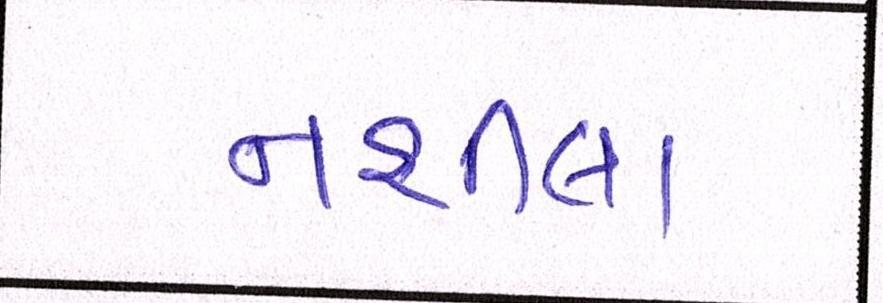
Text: નશીલા